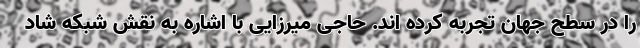
را در سطح جهان تجربه کرده اند. حاجی میرزایی با اشاره به نقش شبکه شاد